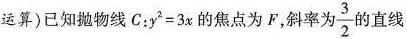
运算)已知抛物线C：$$y^{2}=3x$$的焦点为F，斜率为\frac{3}{2}的直线